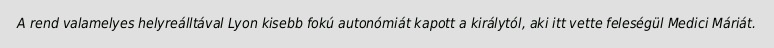
A rend valamelyes helyreálltával Lyon kisebb fokú autonómiát kapott a királytól, aki itt vette feleségül Medici Máriát.